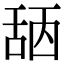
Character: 𦧖